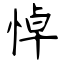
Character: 悼